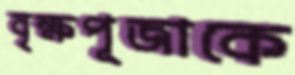
বৃক্ষপূজাকে